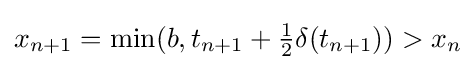
x_{n+1}=\mathrm {min} (b,t_{n+1}+{\tfrac {1}{2}}\delta (t_{n+1}))>x_{n}